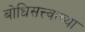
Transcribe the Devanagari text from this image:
बोधिसत्त्वाच्या